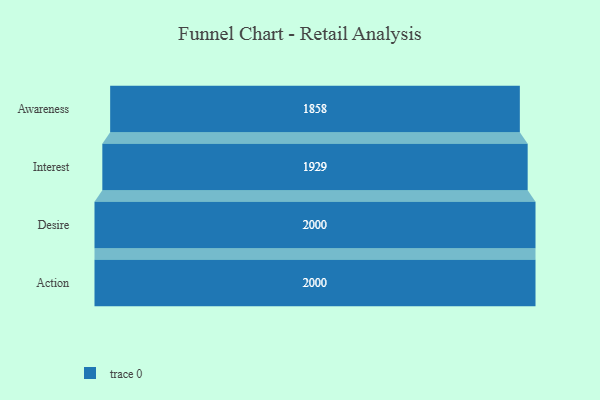
{"axis": {"x": "Stage", "y": "Value"}, "legend": [""], "data": [{"x": "Awareness", "y": 1858.0, "type": ""}, {"x": "Interest", "y": 1929.0, "type": ""}, {"x": "Desire", "y": 2000, "type": ""}, {"x": "Action", "y": 2000, "type": ""}]}